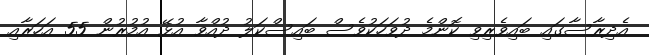
އެދިރާސާގައި ބައިވެރިވި ކޮންމެ ދުވަހަކުވެސް ބައިސްކަލު ދުއްވާ އުޅޭ އުމުރުން 55 އަހަރާއި